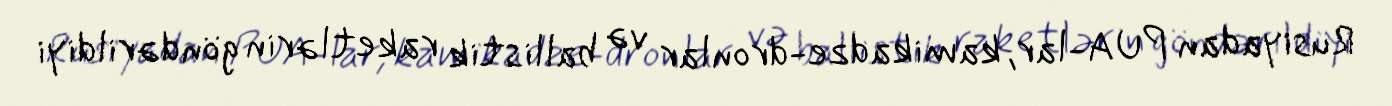
Rusiyadan PUA-lar, kamikadze-dronlar və ballistik raketlərin göndərildiyi